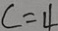
c = 4